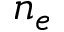
n _ { e }